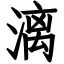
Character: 漓